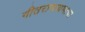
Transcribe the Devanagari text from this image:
गीतरामायणाचा